Indian journal of veterinary science and animal husbandry - Volume 8,
Year: 1938
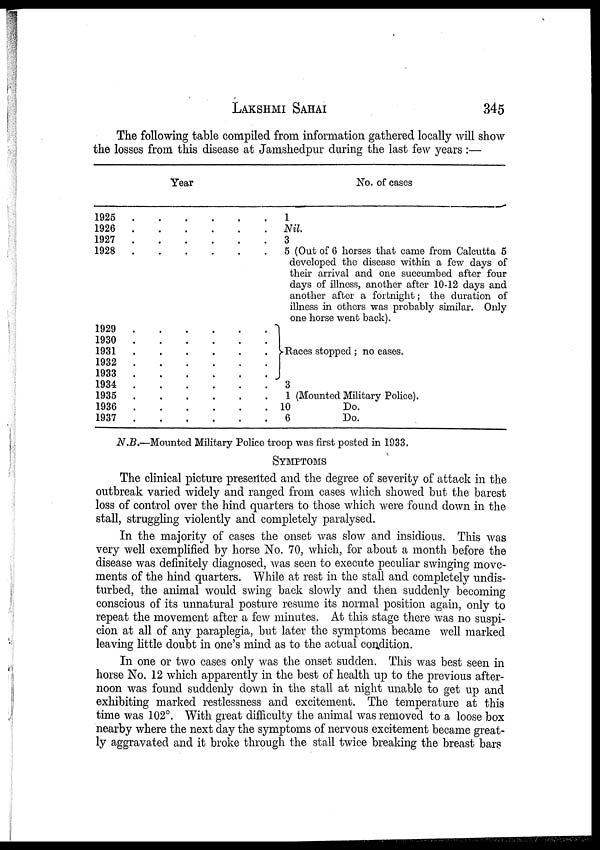
LAKSHMI
SAHAI
345
The following table compiled from information gathered locally will show
the losses from this disease at Jamshedpur during the last few years :—
Year
1925
.
.
.
.
.
1926
.
.
.
.
.
1927
.
.
.
.
.
1928
.
.
.
.
.
1929
.
.
.
.
.
1930 . . . . .
1931 . . . . .
1932 . . . . .
1933 . . . . .
1934 . . . . .
1935 . . . . .
1936 . . . . .
1937 . . . . .
No. of cases
1
Nil.
3
5 (Out of 6 horses that came from Calcutta 5
developed the disease within a few days of
their arrival and one succumbed after four
days of illness, another after 10—12 days and
another after a fortnight ; the duration of
illness in others was probably similar. Only
one horse went back).
}Races stopped ; no cases.
3
1 (Mounted Military Police).
10
Do.
6
Do.
N.B.—Mounted Military Police troop was first posted in 1933.
SYMPTOMS
The clinical picture presented and the degree of severity of attack in the
outbreak varied widely and ranged from cases which showed but the barest
loss of control over the hind quarters to those which were found down in the
stall, struggling violently and completely paralysed.
In the majority of cases the onset was slow and insidious. This was
very well exemplified by horse No. 70, which, for about a month before the
disease was definitely diagnosed, was seen to execute peculiar swinging move-
ments of the hind quarters. While at rest in the stall and completely undis-
turbed, the animal would swing back slowly and then suddenly becoming
conscious of its unnatural posture resume its normal position again, only to
repeat the movement after a few minutes. At this stage there was no suspi-
cion at all of any paraplegia, but later the symptoms became well marked
leaving little doubt in one's mind as to the actual condition.
In one or two cases only was the onset sudden. This was best seen in
horse No. 12 which apparently in the best of health up to the previous after-
noon was found suddenly down in the stall at night unable to get up and
exhibiting marked restlessness and excitement. The temperature at this
time was 102°. With great difficulty the animal was removed to a loose box
nearby where the next day the symptoms of nervous excitement became great-
ly aggravated and it broke through the stall twice breaking the breast bars